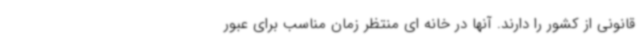
قانونی از کشور را دارند. آنها در خانه ای منتظر زمان مناسب برای عبور